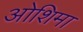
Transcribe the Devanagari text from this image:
ओशिमा